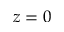
z = 0